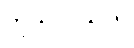
ကုသလသုတ်